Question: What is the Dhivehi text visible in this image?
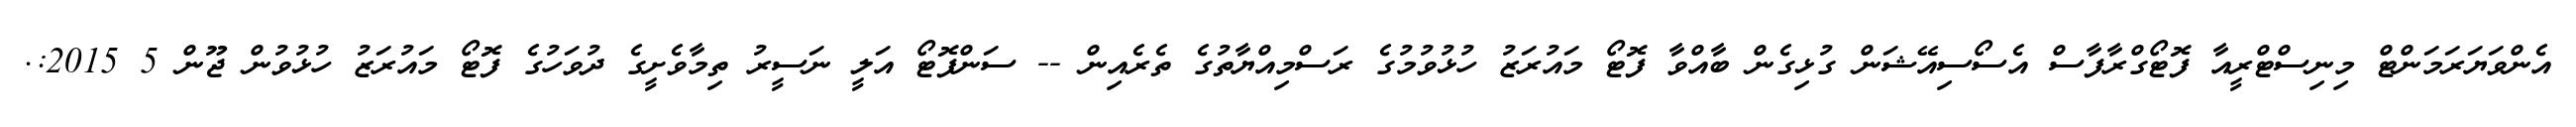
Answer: އެންވަޔަރަމަންޓް މިނިސްޓްރީއާ ފޮޓޯގްރާފާސް އެސޯސިއޭޝަން ގުޅިގެން ބާއްވާ ފޮޓޯ މައުރަޒު ހުޅުވުމުގެ ރަސްމިއްޔާތުގެ ތެރެއިން -- ސަންފޮޓޯ އަލީ ނަސީރު ތިމާވެށީގެ ދުވަހުގެ ފޮޓޯ މައުރަޒު ހުޅުވުން ޖޫން 5 2015:.